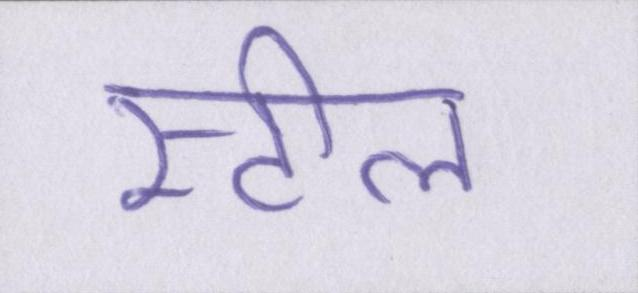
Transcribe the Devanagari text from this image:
स्टील